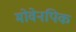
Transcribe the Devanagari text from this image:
मोवेनपिक